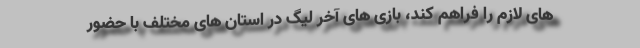
های لازم را فراهم کند، بازی های آخر لیگ در استان های مختلف با حضور